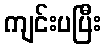
ကျင်းပပြီး